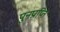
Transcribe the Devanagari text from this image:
पुनप्राप्ति